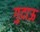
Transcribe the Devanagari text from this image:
गुदाऊ